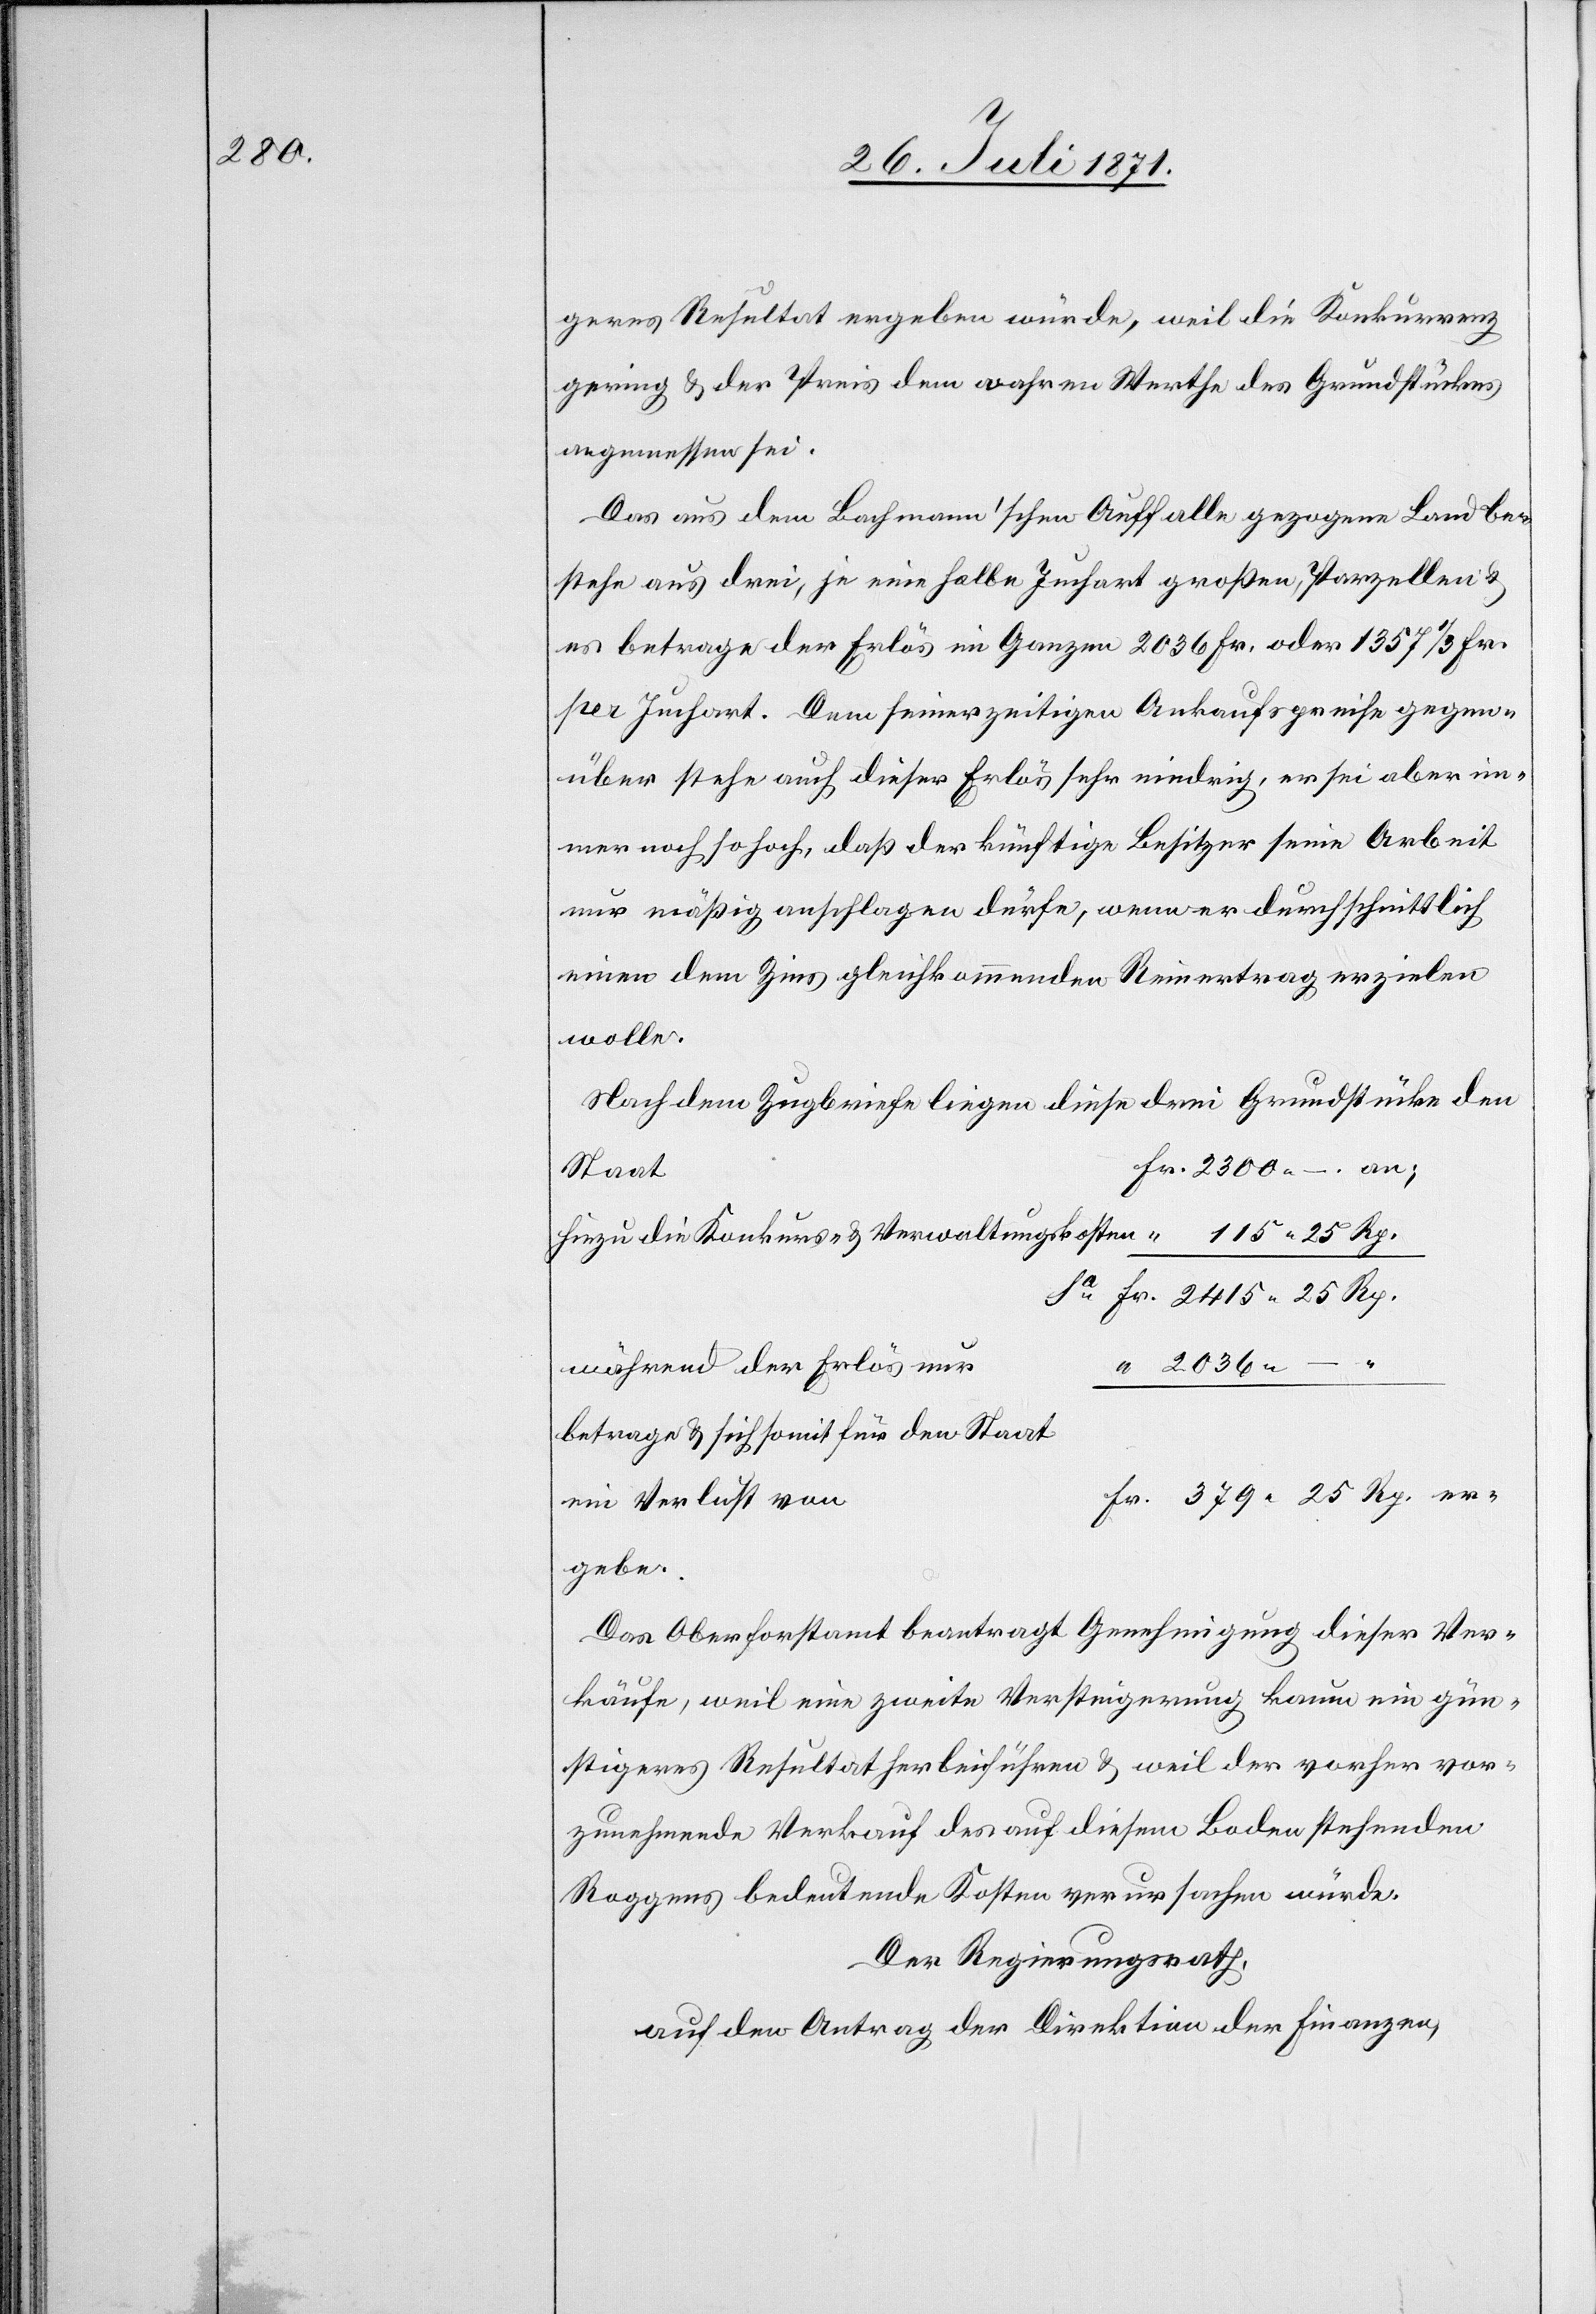
2300.–.

geres Resultat ergeben würde, weil die Konkurrenz
gering u. der Preis dem wahren Werth des Grundstückes
angemessen sei.
Das aus dem Bachmann’schen Auffalle gezogene Land be¬
stehe aus drei, je eine halbe Juchart großen, Parzellen u.
es betrage der Erlös im Ganzen 2036 Fr. oder 1357 1/3 Fr.
per Juchart. Dem seinerzeitigen Ankaufspreise gegen¬
über stehe auch dieser Erlös sehr niedrig, es sei aber im¬
mer noch so hoch, daß der künftige Besitzer seine Arbeit
nur mäßig anschlagen dürfe, wenn er durchschnittlich
einen dem Zins gleichkommenden Reinertrag erzielen
wolle.
Nach dem Zugbriefe liegen diese drei Grundstücke den
Staat
während der Erlös nur
betrage u. sich somit für den Staat
ein Verlust von
ergebe.
Das Oberforstamt beantragt Genehmigung dieser Ver¬
käufe, weil eine zweite Versteigerung kaum ein gün¬
stigeres Resultat herbeiführen u. weil der vorher vor¬
zunehmende Verkauf des auf diesem Boden stehenden
Roggens bedeutende Kosten verursachen würde.
Der Regierungsrath,
auf den Antrag der Direktion der Finanzen,